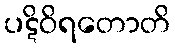
ပဋိဝိရတောတိ